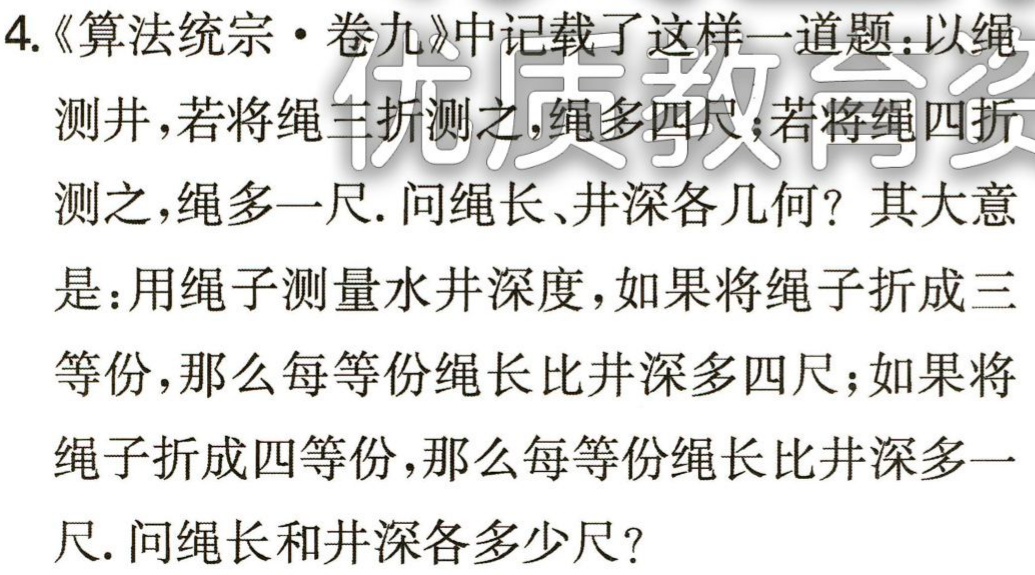
4.《算法统宗・卷九》中记载了这样一道题：以绳

测井，若将绳三折测之，绳多四尺；若将绳四折

测之，绳多一尺. 问绳长、井深各几何？其大意

是：用绳子测量水井深度，如果将绳子折成三

等份，那么每等份绳长比井深多四尺；如果将

绳子折成四等份，那么每等份绳长比井深多一

尺. 问绳长和井深各多少尺？